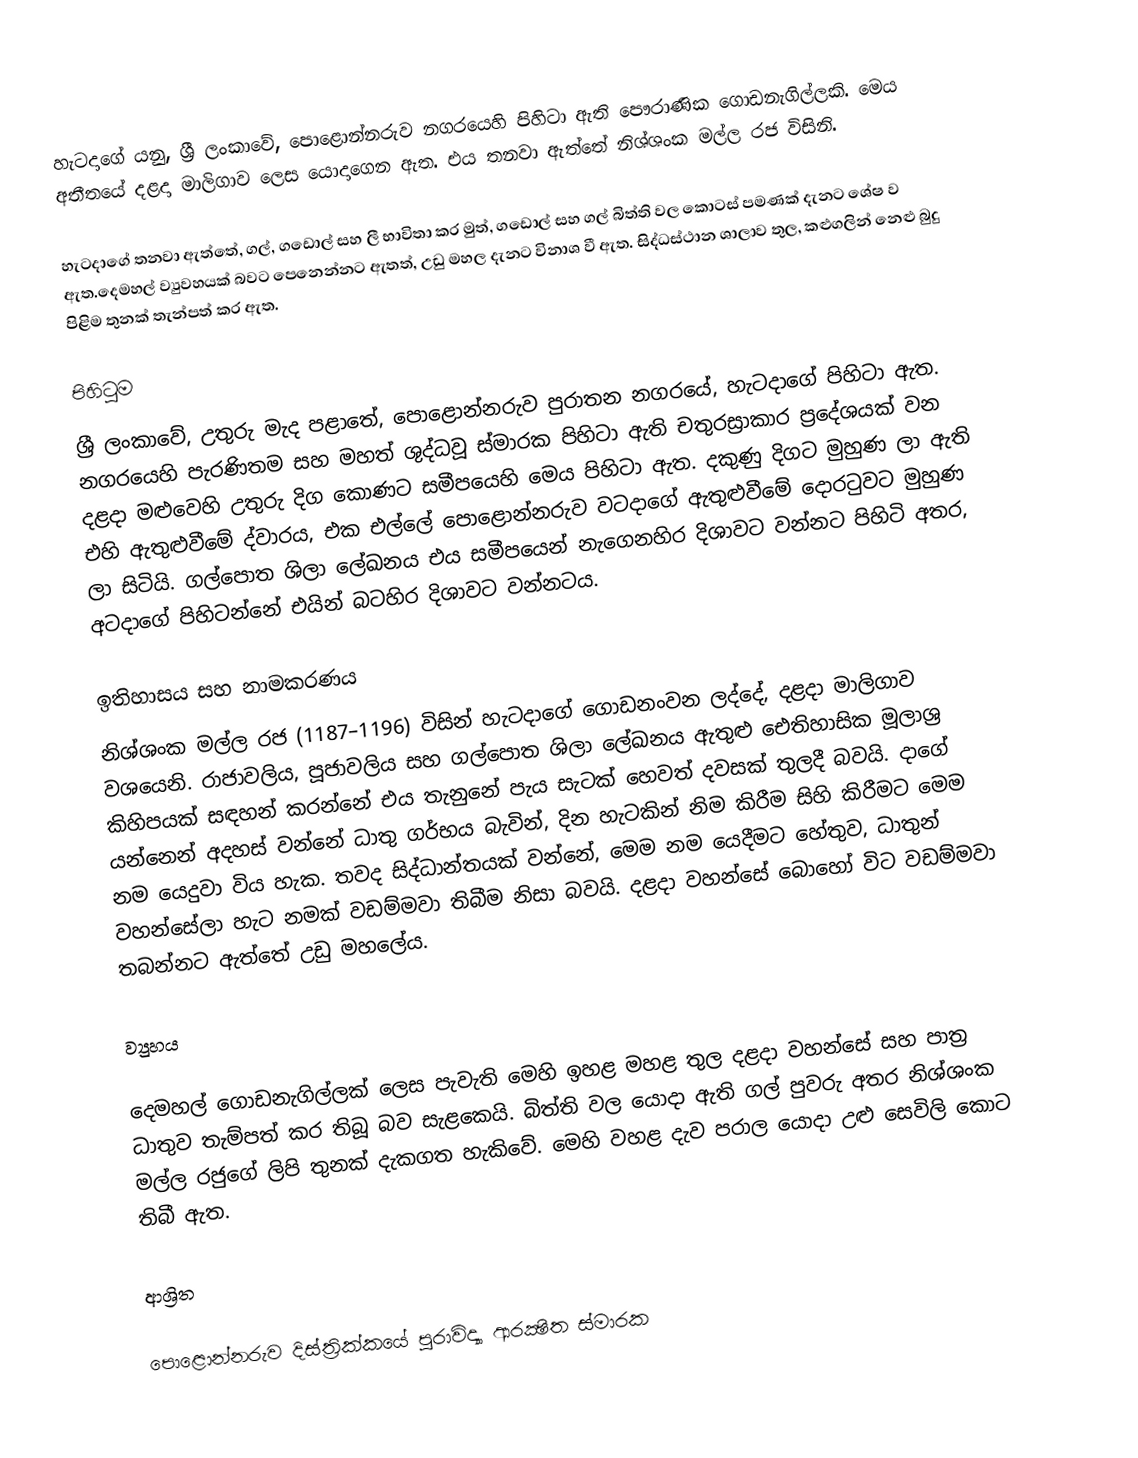
හැටදාගේ යනු, ශ්‍රී ලංකාවේ, පොළොන්නරුව නගරයෙහි පිහිටා ඇති පෞරාණික ගොඩනැගිල්ලකි. මෙය අතීතයේ දළදා මාලිගාව ලෙස යොදාගෙන ඇත. එය තනවා ඇත්තේ නිශ්ශංක මල්ල රජ විසිනි.

හැටදාගේ තනවා ඇත්තේ, ගල්, ගඩොල් සහ ලී භාවිතා කර මුත්, ගඩොල් සහ ගල් බිත්ති වල කොටස් පමණක් දැනට ශේෂ ව ඇත.දෙමහල් ව්‍යුවහයක් බවට පෙනෙන්නට ඇතත්, උඩු මහල දැනට විනාශ වී ඇත. සිද්ධස්ථාන ශාලාව තුල, කළුගලින් නෙළු බුදු පිළිම තුනක් තැන්පත් කර ඇත.

පිහිටුම
ශ්‍රී ලංකාවේ,  උතුරු මැද පළාතේ, පොළොන්නරුව පුරාතන නගරයේ,  හැටදාගේ පිහිටා ඇත. නගරයෙහි පැරණිතම සහ මහත් ශුද්ධවූ ස්මාරක පිහිටා ඇති චතුරස්‍රාකාර ප්‍රදේශයක් වන දළදා මළුවෙහි උතුරු දිග කොණට සමීපයෙහි මෙය පිහිටා ඇත. දකුණු දිගට මුහුණ ලා ඇති එහි ඇතුළුවීමේ ද්වාරය,  එක එල්ලේ පොළොන්නරුව වටදාගේ ඇතුළුවීමේ දොරටුවට මුහුණ ලා සිටියි. ගල්පොත ශිලා  ලේඛනය එය සමීපයෙන් නැගෙනහිර දිශාවට වන්නට පිහිටි අතර, අටදාගේ පිහිටන්නේ එයින් බටහිර දිශාවට වන්නටය.

ඉතිහාසය සහ නාමකරණය
නිශ්ශංක මල්ල රජ (1187–1196) විසින් හැටදාගේ ගොඩනංවන ලද්දේ, දළදා මාලිගාව වශයෙනි.  රාජාවලිය, පූජාවලිය සහ ගල්පොත ශිලා ලේඛනය ඇතුළු ඓතිහාසික මූලාශ්‍ර කිහිපයක් සඳහන් කරන්නේ එය තැනුනේ පැය සැටක් හෙවත් දවසක් තුලදී බවයි. දාගේ යන්නෙන් අදහස් වන්නේ ධාතු ගර්භය බැවින්, දින හැටකින් නිම කිරීම සිහි කිරීමට මෙම නම යෙදුවා විය හැක. තවද සිද්ධාන්තයක් වන්නේ, මෙම නම යෙදීමට හේතුව, ධාතුන් වහන්සේලා හැට නමක් වඩම්මවා තිබීම නිසා බවයි.  දළදා වහන්සේ බොහෝ විට වඩම්මවා තබන්නට ඇත්තේ උඩු මහලේය.

ව්‍යුහය

දෙමහල් ගොඩනැගිල්ලක් ලෙස පැවැති මෙහි ඉහළ මහළ තුල දළදා වහන්සේ සහ පාත්‍ර ධාතුව තැම්පත් කර තිබූ බව සැළකෙයි. බිත්ති වල යොදා ඇති ගල් පුවරු අතර නිශ්ශංක මල්ල රජුගේ ලිපි තුනක් දැකගත හැකිවේ. මෙහි වහළ දැව පරාල යොදා උළු සෙවිලි කොට තිබී ඇත.

ආශ්‍රිත

පොළොන්නරුව දිස්ත්‍රික්කයේ පුරාවිද්‍යා ආරක්‍ෂිත ස්මාරක‎